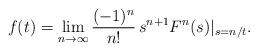
LaTeX: \begin{align*}f(t) = \lim_{n \to \infty} \frac{(-1)^{n}}{n!} \, s^{n+1} F^{n} (s) |_{s=n/t}.\end{align*}